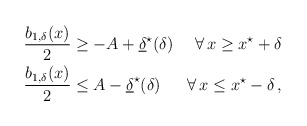
\begin{align*}\begin{aligned}\dfrac{b_{1,\delta}(x)}{2} &\geq -A + \underline{\delta}^\star (\delta) &\forall \, x \geq x^\star + \delta\\\dfrac{b_{1,\delta}(x)}{2} &\leq A - \underline{\delta}^\star (\delta) &\forall \, x \leq x^\star - \delta\,,\end{aligned} \end{align*}